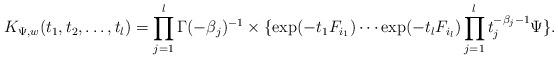
LaTeX: \begin{align*}K_{\Psi,w}(t_{1},t_{2},\ldots , t_{l})=\prod_{j=1}^{l}\Gamma (-\beta_{j})^{-1}\times\{\exp (-t_{1}F_{i_{1}})\cdots\exp(-t_{l}F_{i_{l}})\prod_{j=1}^{l}t_{j}^{-\beta_{j}-1}\Psi\}.\end{align*}